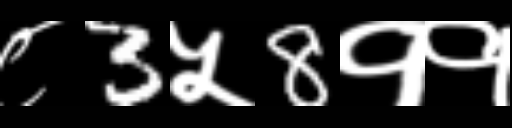
Text: ८3५8११